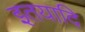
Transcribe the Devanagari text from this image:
इतयादि